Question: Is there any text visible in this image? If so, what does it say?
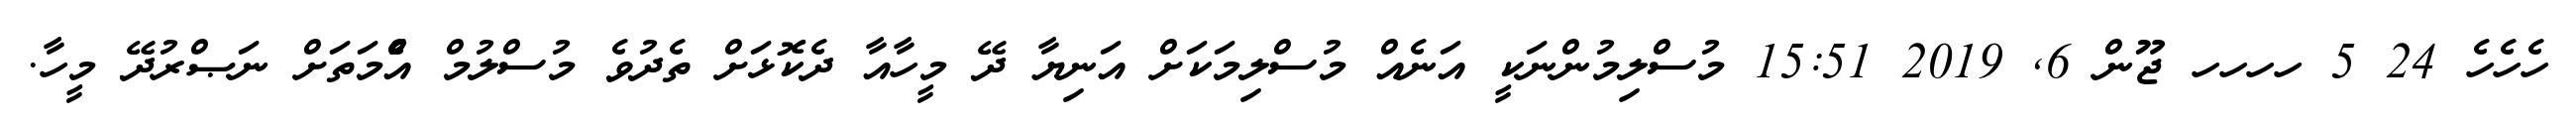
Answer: ހެހެހެ 24 5 ހހހހ ޖޫން 6, 2019 15:51 މުސްލިމުންނަކީ އަނެއް މުސްލިމަކަށް އަނިޔާ ދޭ މީހާއާ ދެކޮޅަށް ތެދުވެ މުސްލުމް އުެްމަތަށް ނަޞްރުދޭ މީހާ.